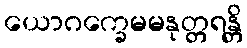
ယောဂက္ခေမမနုတ္တရန္တိ